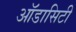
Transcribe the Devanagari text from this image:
ऑडासिटी